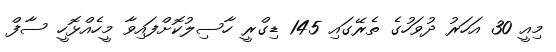
މިއީ 30 އަހަރު ދުވަހުގެ ތެރޭގައި 145 ޑިގްރީ ހާސިލުކޮށްފައިވާ މީހެއްޅޮހީ ސާފް